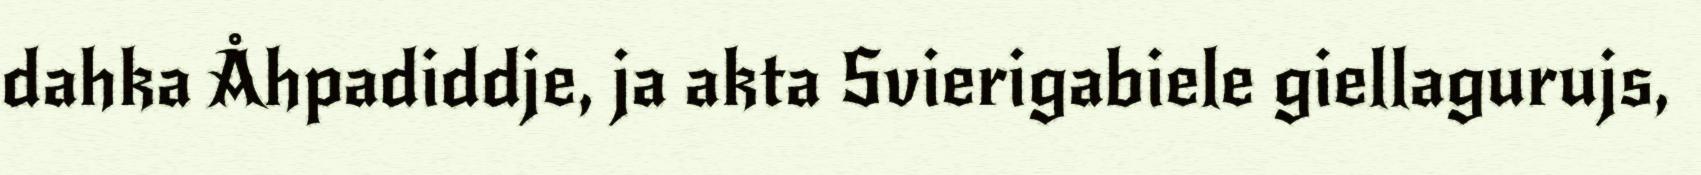
dahka Åhpadiddje, ja akta Svierigabiele giellagurujs,